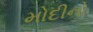
મોદીનો